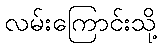
လမ်းကြောင်းသို့